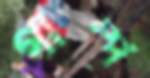
গাম্প